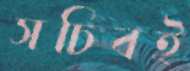
সচিবই